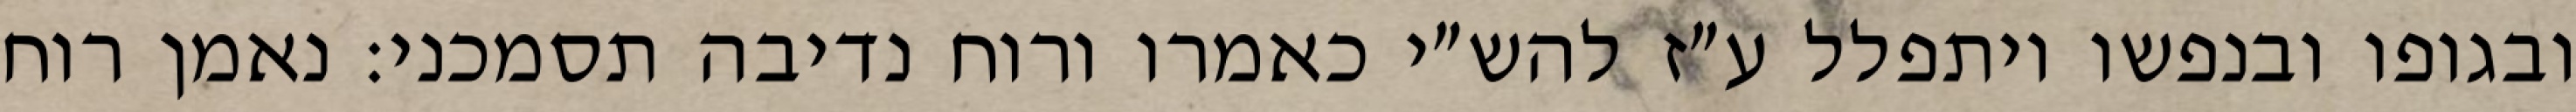
ובגופו ובנפשו ויתפלל ע״ז להש״י כאמרו ורוח נדיבה תסמכני: נאמן רוח